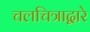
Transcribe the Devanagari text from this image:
चलचित्राद्वारे